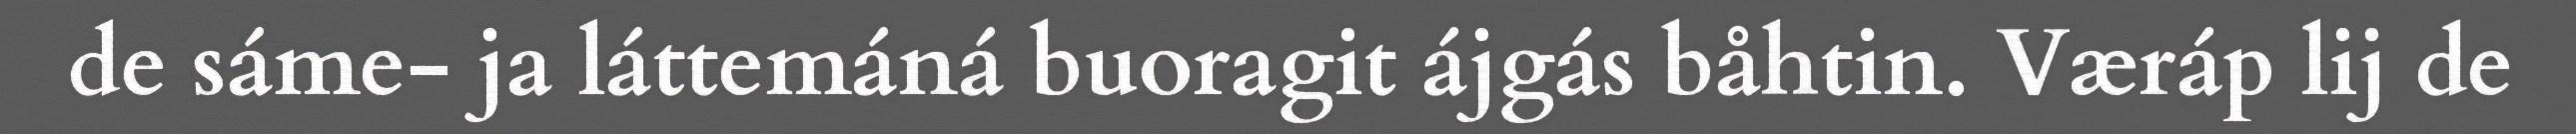
de sáme- ja láttemáná buoragit ájgás båhtin. Væráp lij de